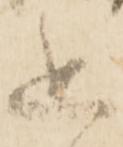
追